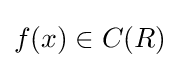
f(x)\in C(R)